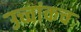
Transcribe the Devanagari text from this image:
उच्चांकच